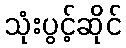
သုံးပွင့်ဆိုင်